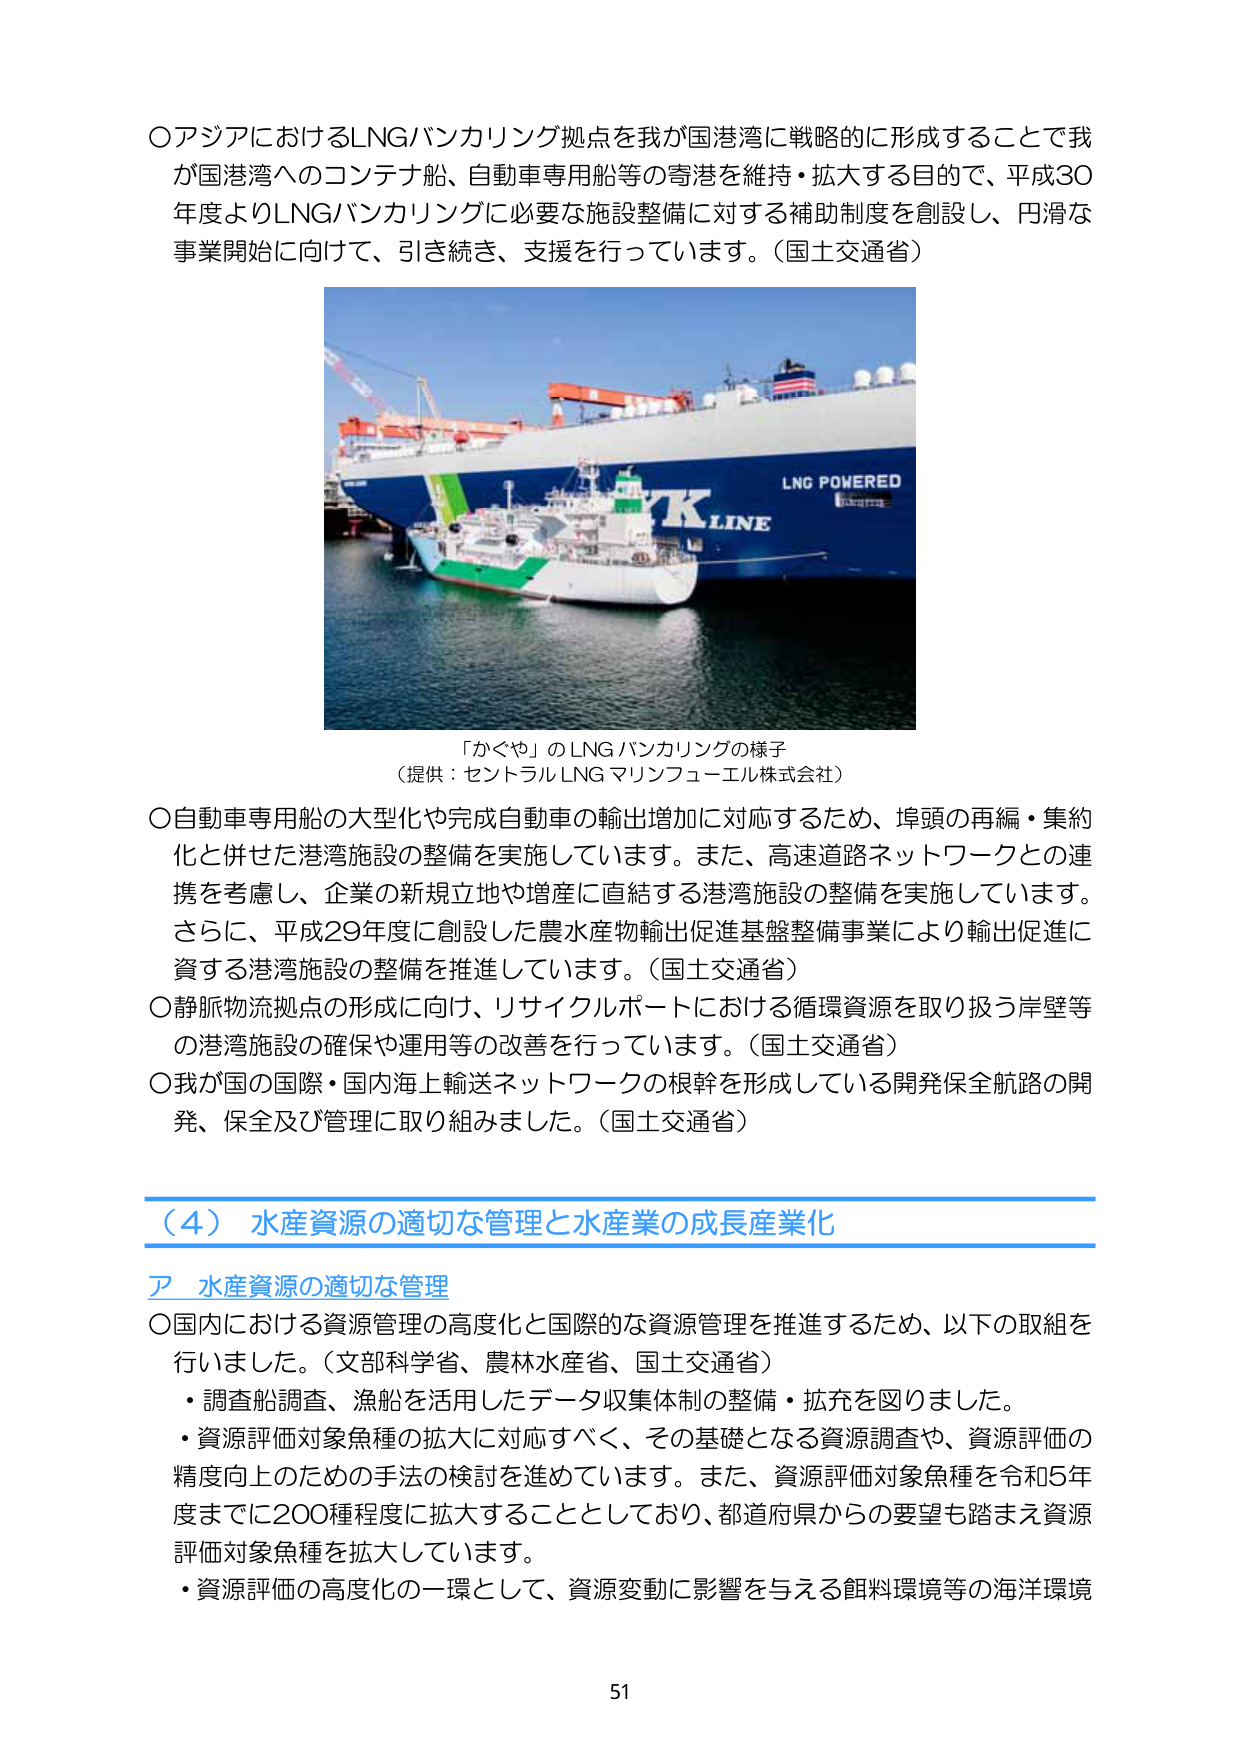
○アジアにおけるLNGバンカリング拠点を我が国港湾に戦略的に形成することで我が国港湾へのコンテナ船、自動車専用船等の寄港を維持・拡大する目的で、平成30年度よりLNGバンカリングに必要な施設整備に対する補助制度を創設し、円滑な事業開始に向けて、引き続き、支援を行っています。（国土交通省）

「かぐや」のLNGバンカリングの様子
（提供：セントラルLNGマリンフューエル株式会社）

○自動車専用船の大型化や完成自動車の輸出増加に対応するため、埠頭の再編・集約化と併せた港湾施設の整備を実施しています。また、高速道路ネットワークとの連携を考慮し、企業の新規立地や増産に直結する港湾施設の整備を実施しています。さらに、平成29年度に創設した農水産物輸出促進基盤整備事業により輸出促進に資する港湾施設の整備を推進しています。（国土交通省）

○静脈物流拠点の形成に向け、リサイクルポートにおける循環資源を取り扱う岸壁等の港湾施設の確保や運用等の改善を行っています。（国土交通省）

○我が国の国際・国内海上輸送ネットワークの根幹を形成している開発保全航路の開発、保全及び管理に取り組みました。（国土交通省）

（４）水産資源の適切な管理と水産業の成長産業化

ア 水産資源の適切な管理

○国内における資源管理の高度化と国際的な資源管理を推進するため、以下の取組を行いました。（文部科学省、農林水産省、国土交通省）

・調査船調査、漁船を活用したデータ収集体制の整備・拡充を図りました。

・資源評価対象魚種の拡大に対応すべく、その基礎となる資源調査や、資源評価の精度向上のための手法の検討を進めています。また、資源評価対象魚種を令和5年度までに200種程度に拡大することとしており、都道府県からの要望も踏まえ資源評価対象魚種を拡大しています。

・資源評価の高度化の一環として、資源変動に影響を与える餌料環境等の海洋環境

51